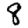
Digit: 8